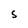
Character: S